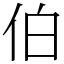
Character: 伯